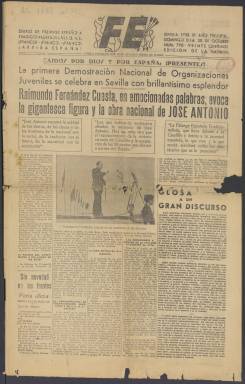
Título: FE. Falange Española
Otros títulos: Falange Española || Falange Española (Sevilla)
Colección: Periódicos || Guerra civil
Ámbito geográfico: Sevilla
Lugar de publicación: Sevilla
Fechas: 30/10/1938-15/06/1946